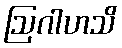
ဩဂါဟသိ